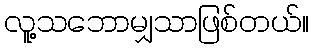
လူ့သဘောမျှသာဖြစ်တယ်။